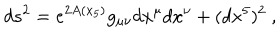
LaTeX: d s ^ { 2 } = e ^ { 2 A ( x _ { 5 } ) } g _ { \mu \nu } d x ^ { \mu } d x ^ { \nu } + ( d x ^ { 5 } ) ^ { 2 } ~ ,